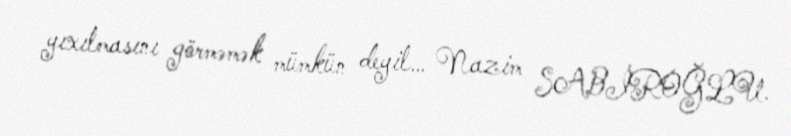
yıxılmasını görməmək mümkün deyil… Nazim SABİROĞLU.